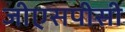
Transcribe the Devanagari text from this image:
जीएसपीसी